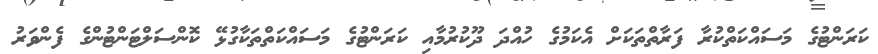
ކަރަންޓުގެ މަސައްކަތްކުރާ ފަރާތްތަކަށް އެކަމުގެ ހުއްދަ ދޫކުރުމާއި ކަރަންޓުގެ މަސައްކަތްތަކާގުޅޭ ކޮންސަލްޓަންޓުންގެ ފެންވަރު